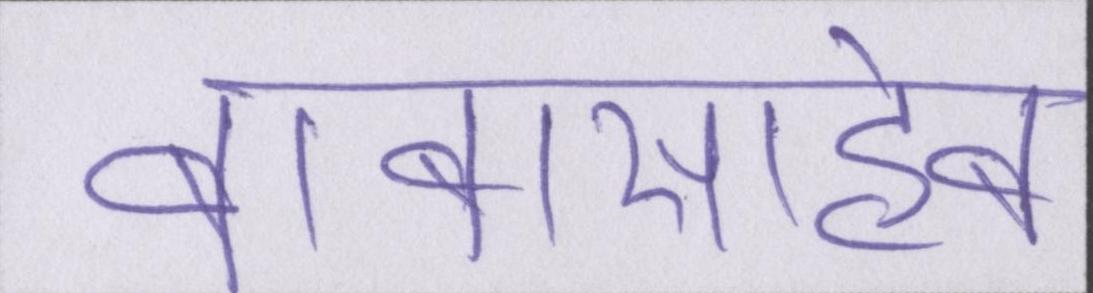
बाबासाहेब